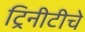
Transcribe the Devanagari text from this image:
ट्रिनीटीचे